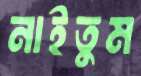
নাইতুম